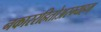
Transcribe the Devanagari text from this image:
नकाररहितोअस्म्यहम्